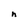
Character: n